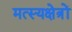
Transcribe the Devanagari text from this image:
मत्स्यक्षेत्रों